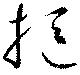
挹